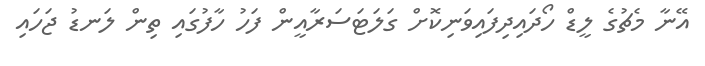
އޭނާ މެޗުގެ ލީޑް ހޯދައިދިފައިވަނިކޮށް ގަލަޓަސަރާއީން ފަހު ހާފުގައި ތިން ލަނޑު ޖަހައި